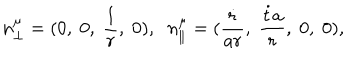
n _ { \perp } ^ { \mu } = ( 0 , \; 0 , \; \frac { 1 } { r } , \; 0 ) , \; \; n _ { \parallel } ^ { \mu } = ( \frac { \dot { r } } { a r } , \; \frac { \dot { t } a } { r } , \; 0 , \; 0 ) ,